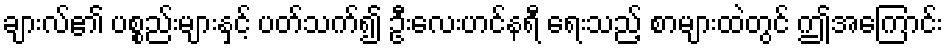
ချားလ်၏ ပစ္စည်းများနှင့် ပတ်သက်၍ ဦးလေးဟင်နရီ ရေးသည့် စာများထဲတွင် ဤအကြောင်း